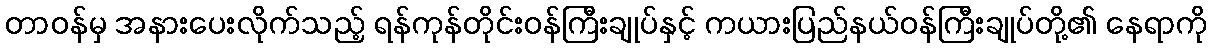
တာဝန်မှ အနားပေးလိုက်သည့် ရန်ကုန်တိုင်းဝန်ကြီးချုပ်နှင့် ကယားပြည်နယ်ဝန်ကြီးချုပ်တို့၏ နေရာကို